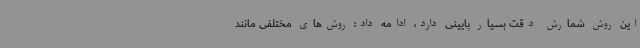
این روش شمارش دقت بسیار پایینی دارد، ادامه داد: روش‌های مختلفی مانند